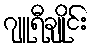
ဂျူရီချိုင်း